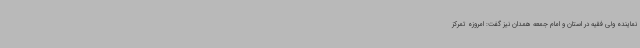
نماینده ولی فقیه در استان و امام جمعه همدان نیز گفت: امروزه تمرکز